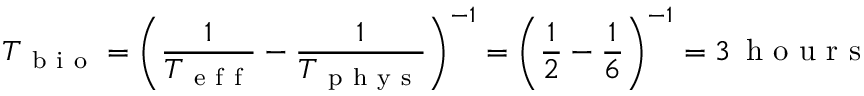
T _ { \mathrm { ~ b ~ i ~ o ~ } } = \left( \frac { 1 } { T _ { \mathrm { ~ e ~ f ~ f ~ } } } - \frac { 1 } { T _ { \mathrm { ~ p ~ h ~ y ~ s ~ } } } \right) ^ { - 1 } = \left( \frac { 1 } { 2 } - \frac { 1 } { 6 } \right) ^ { - 1 } = 3 \, \mathrm { ~ h ~ o ~ u ~ r ~ s ~ }